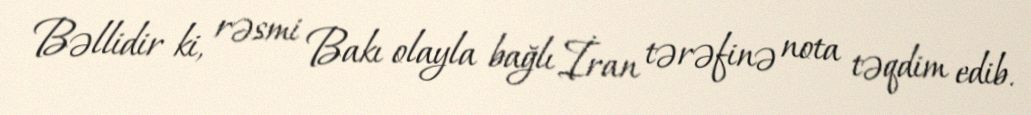
Bəllidir ki, rəsmi Bakı olayla bağlı İran tərəfinə nota təqdim edib.